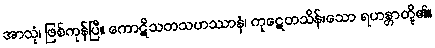
အာသုံ၊ ဖြစ်ကုန်ပြီ။ ကောဋိသတသဟဿာနံ၊ ကုဋေတသိန်းသော ရဟန္တာတို့၏။